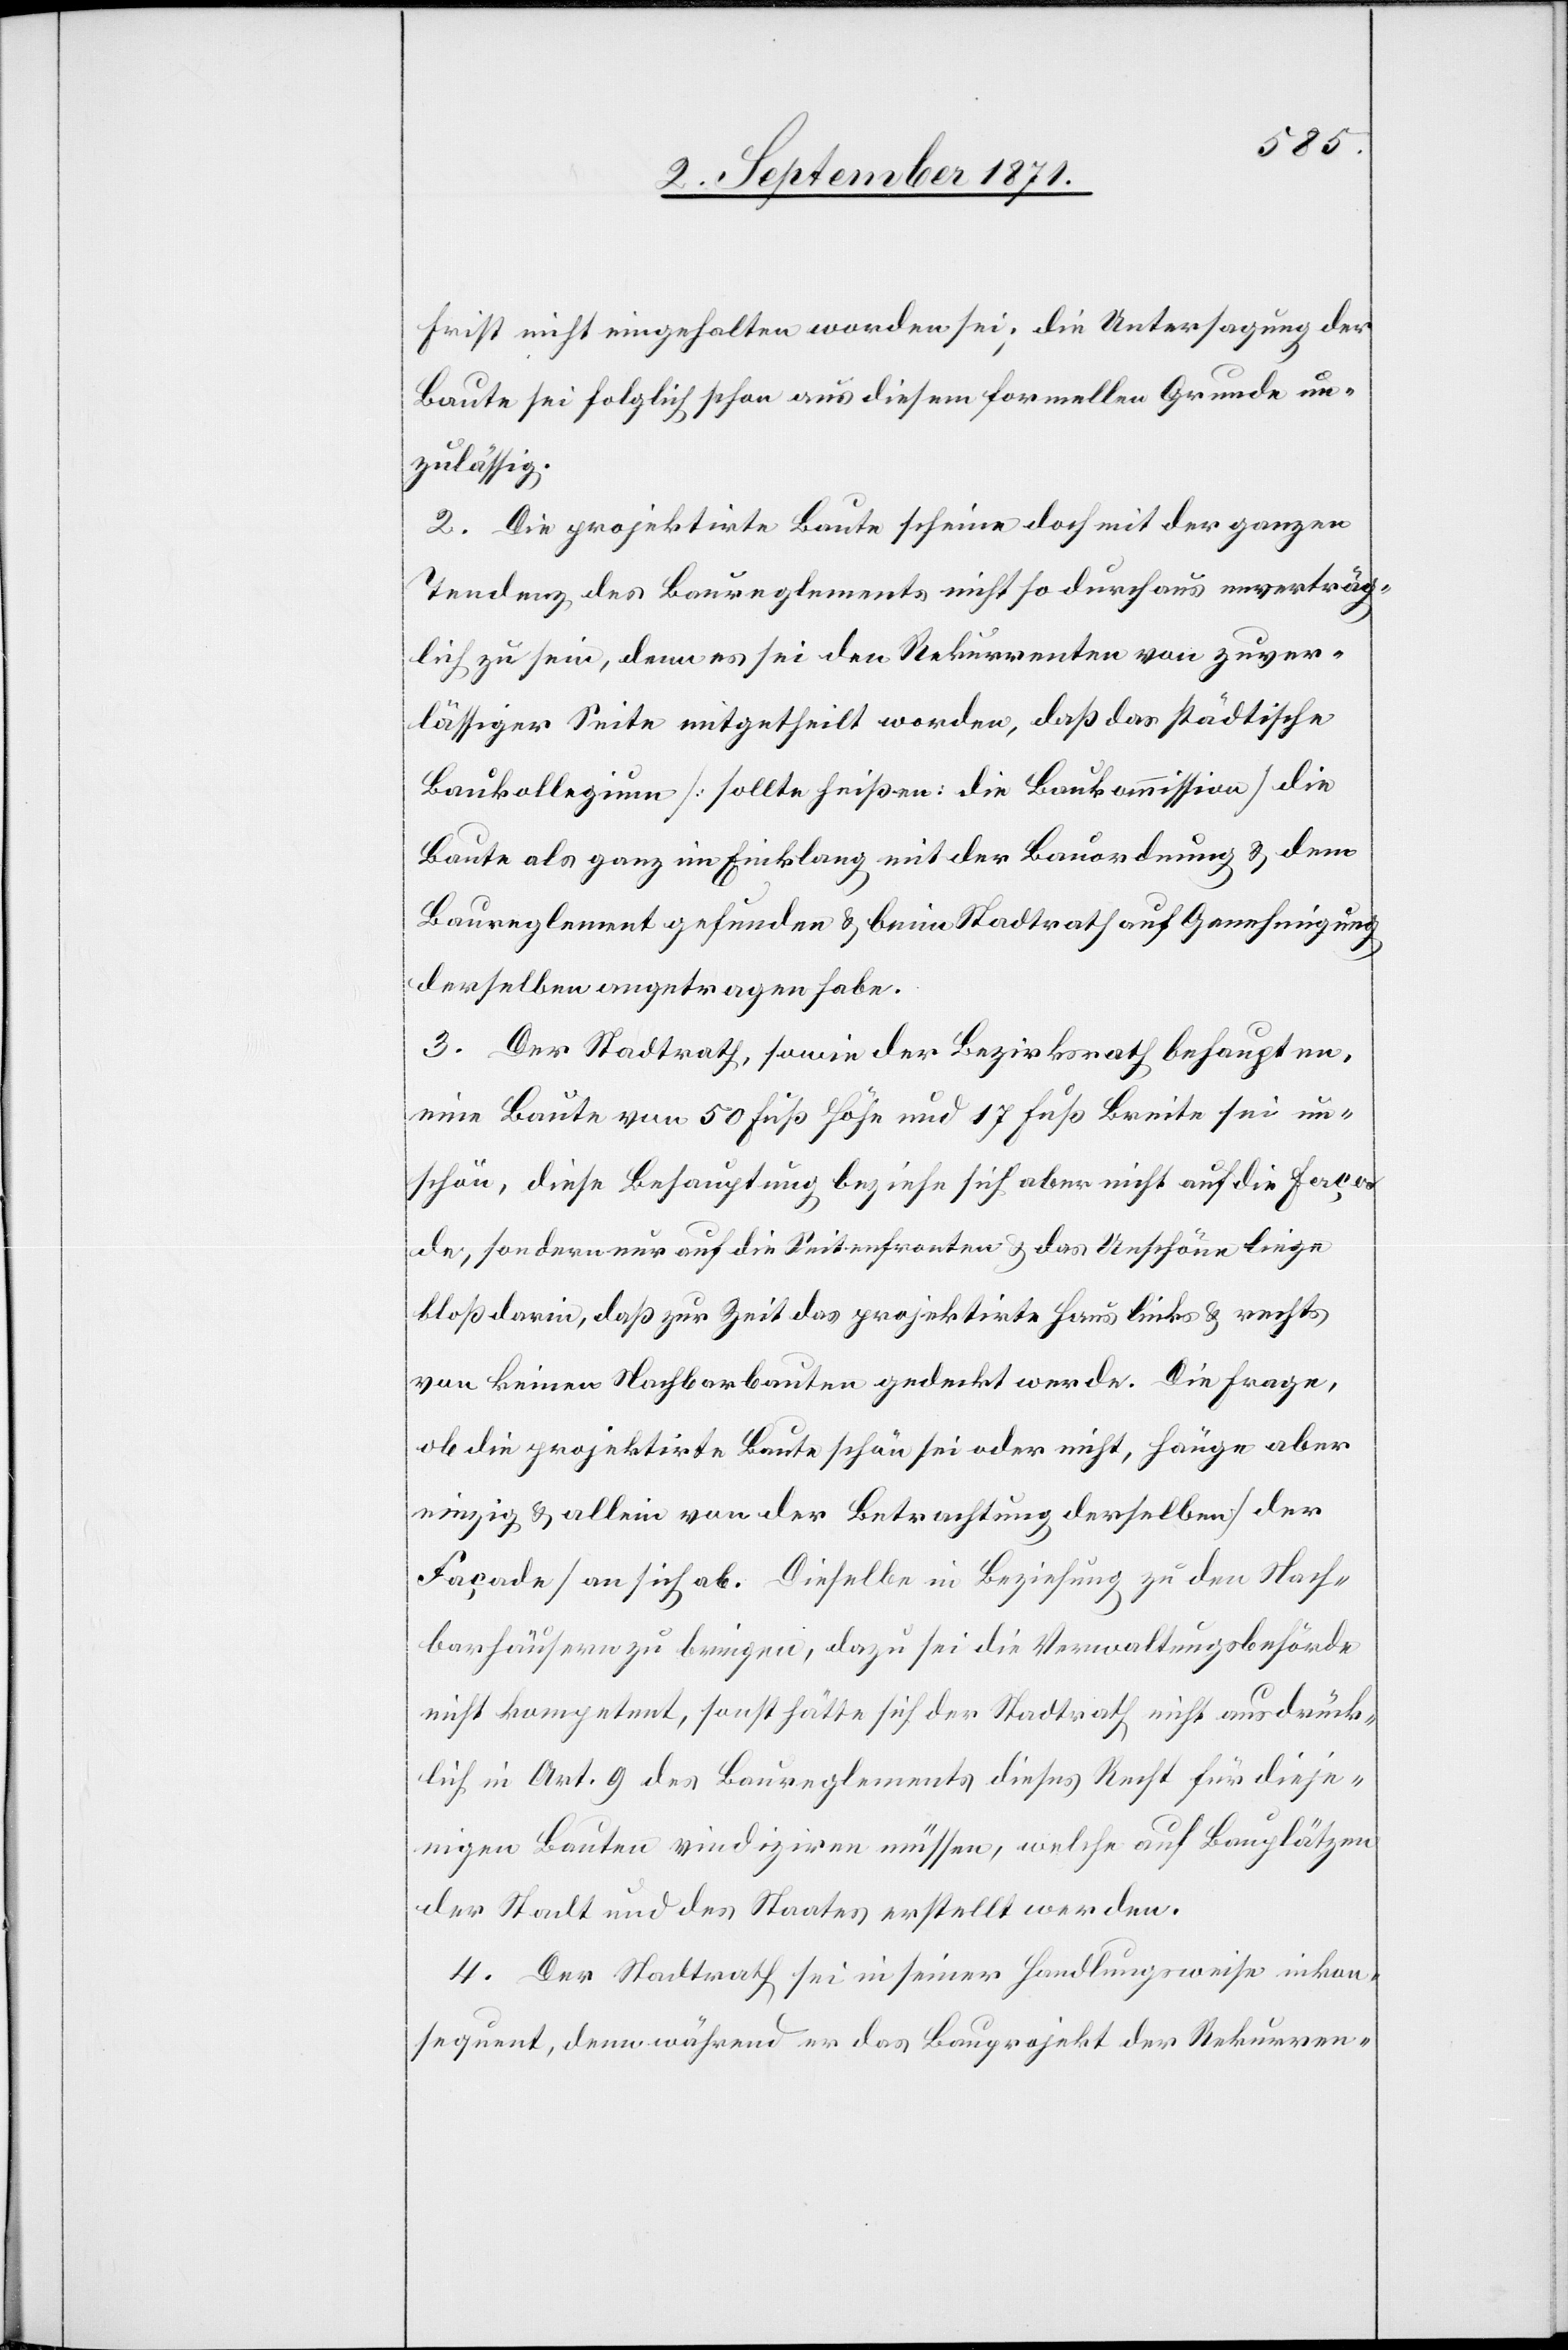
Frist nicht eingehalten worden sei; die Untersagung der
Baute sei folglich schon aus diesem formalen Grunde un¬
zulässig.
2. Die projektirte Baute scheine doch mit der ganzen
Tendenz des Baureglements nicht so durchaus einverträg¬
lich zu sein, denn es sei den Rekurrenten von zuver¬
lässiger Seite mitgetheilt worden, daß das städtische
Baukollegium [sollte heissen: die Baukommission] die
Baute als ganz in Einklang mit der Bauordnung & dem
Baureglement gefunden & beim Stadtrath auf Genehmigung
derselben angetragen habe.
3. Der Stadtrath, sowie der Bezirksrath behaupten,
eine Baute von 50 Fuß Höhe und 17 Fuß Breite sei un¬
schön, diese Behauptung beziehe sich aber nicht auf die Faça¬
de, sondern auf die Seitenfronten & das Unschöne liege
bloß darin, daß zur Zeit das projektirte Haus links & rechts
von keinen Nachbarbauten gedeckt werde. Die Frage,
ob die projektirte Baute schön sei oder nicht, hänge aber
einzig & allein von der Betrachtung derselben [der
Façade] an sich ab. Dieselbe in Beziehung zu den Nach¬
barhäusern zu bringen, dazu sei die Verwaltungsbehörde
nicht kompetent, sonst hätte sich der Stadtrath nicht ausdrück¬
lich in Art. 9 des Baureglements dieses Recht für dieje¬
nigen Bauten vindiziren müssen, welche auf Bauplätzen
der Stadt und des Staates erstellt werden.
4. Der Stadtrath sei in seiner Handlungsweise inkom¬
petent, denn während er das Bauprojekt der Rekurren-